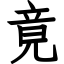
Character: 竟